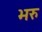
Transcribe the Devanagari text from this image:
भरु